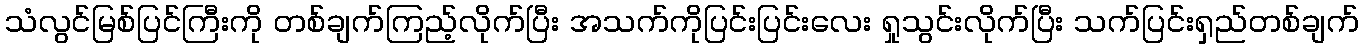
သံလွင်မြစ်ပြင်ကြီးကို တစ်ချက်ကြည့်လိုက်ပြီး အသက်ကိုပြင်းပြင်းလေး ရှုသွင်းလိုက်ပြီး သက်ပြင်းရှည်တစ်ချက်